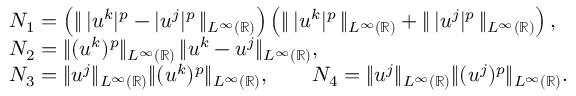
\begin{array} { r l } & { N _ { 1 } = \left( \| \, | u ^ { k } | ^ { p } - | u ^ { j } | ^ { p } \, \| _ { L ^ { \infty } ( \mathbb { R } ) } \right) \left( \| \, | u ^ { k } | ^ { p } \, \| _ { L ^ { \infty } ( \mathbb { R } ) } + \| \, | u ^ { j } | ^ { p } \, \| _ { L ^ { \infty } ( \mathbb { R } ) } \right) , } \\ & { N _ { 2 } = \| ( u ^ { k } ) ^ { p } \| _ { L ^ { \infty } ( \mathbb { R } ) } \, \| u ^ { k } - u ^ { j } \| _ { L ^ { \infty } ( \mathbb { R } ) } , } \\ & { N _ { 3 } = \| u ^ { j } \| _ { L ^ { \infty } ( \mathbb { R } ) } \| ( u ^ { k } ) ^ { p } \| _ { L ^ { \infty } ( \mathbb { R } ) } , \qquad N _ { 4 } = \| u ^ { j } \| _ { L ^ { \infty } ( \mathbb { R } ) } \| ( u ^ { j } ) ^ { p } \| _ { L ^ { \infty } ( \mathbb { R } ) } . } \end{array}